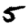
Digit: 5